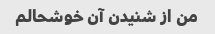
من از شنیدن آن خوشحالم